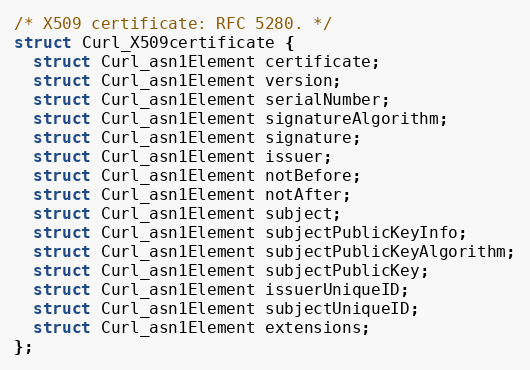
Language: C
/* X509 certificate: RFC 5280. */
struct Curl_X509certificate {
  struct Curl_asn1Element certificate;
  struct Curl_asn1Element version;
  struct Curl_asn1Element serialNumber;
  struct Curl_asn1Element signatureAlgorithm;
  struct Curl_asn1Element signature;
  struct Curl_asn1Element issuer;
  struct Curl_asn1Element notBefore;
  struct Curl_asn1Element notAfter;
  struct Curl_asn1Element subject;
  struct Curl_asn1Element subjectPublicKeyInfo;
  struct Curl_asn1Element subjectPublicKeyAlgorithm;
  struct Curl_asn1Element subjectPublicKey;
  struct Curl_asn1Element issuerUniqueID;
  struct Curl_asn1Element subjectUniqueID;
  struct Curl_asn1Element extensions;
};